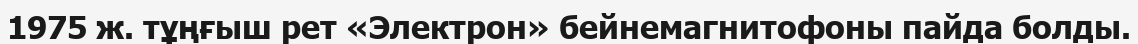
1975 ж. тұңғыш рет «Электрон» бейнемагнитофоны пайда болды.